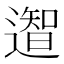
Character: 𮟎